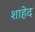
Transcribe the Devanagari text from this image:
शाहेद